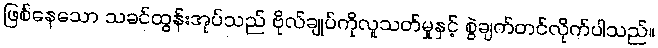
ဖြစ်နေသော သခင်ထွန်းအုပ်သည် ဗိုလ်ချုပ်ကိုလူသတ်မှုနှင့် စွဲချက်တင်လိုက်ပါသည်။